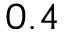
0 . 4